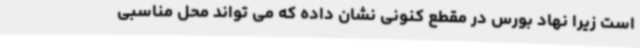
است زیرا نهاد بورس در مقطع کنونی نشان داده که می تواند محل مناسبی